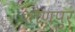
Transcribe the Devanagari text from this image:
शौणपुर